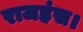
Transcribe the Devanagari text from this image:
राजहंस।